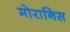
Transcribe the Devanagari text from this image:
मोरानिस